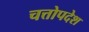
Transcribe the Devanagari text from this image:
चत्तोपदेश